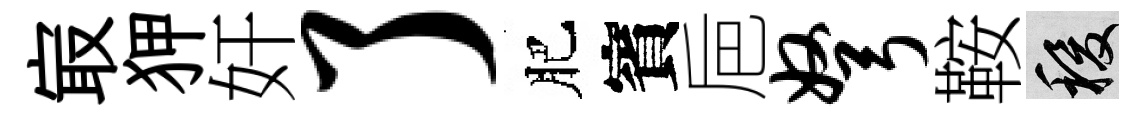
㝡狎奸了肥賓巵弩鞍稷